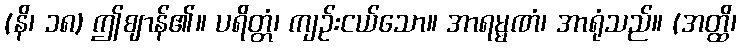
(နိ၊ ၁၈) ဤဈာန်၏။ ပရိတ္တံ၊ ကျဉ်းငယ်သော။ အာရမ္မဏံ၊ အာရုံသည်။ (အတ္ထိ၊